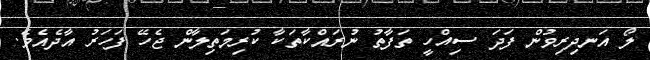
ލޯ އަނދިރިވުން ފަދަ ސިއްހީ ތަފާތު ނުރައްކާތަކާ ކުރިމަތިލާން ޖެހޭ ފަހަރު އާދެއެވެ.